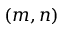
( m , n )